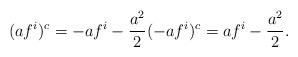
LaTeX: \begin{align*}(af^i)^c = -a f^i- \frac{a^2}{2} (-af^i)^c=a f^i -\frac{a^2}{2}.\end{align*}